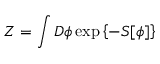
{ \cal Z } = \int { \cal D } \phi \exp \left\{ - S [ \phi ] \right\}